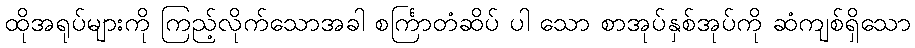
ထိုအရုပ်များကို ကြည့်လိုက်သောအခါ စင်္ကြာတံဆိပ် ပါ သော စာအုပ်နှစ်အုပ်ကို ဆံကျစ်ရှိသော